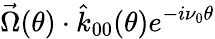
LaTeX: \vec{\Omega}(\theta)\cdot\hat{k}_{00}(\theta)e^{-i\nu_{0}\theta}